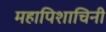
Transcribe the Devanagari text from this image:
महापिशाचिनी